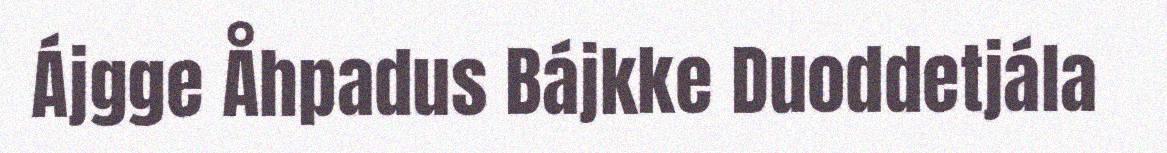
Ájgge Åhpadus Bájkke Duoddetjála